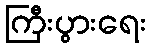
ကြီးပွားရေး